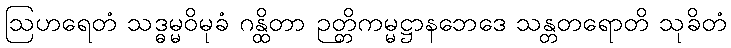
ဩဟရေတံ သဒ္ဓမ္မဝိမုခံ ဂန္ထိတာ ဉတ္တိကမ္မဋ္ဌာနဘေဒေ သန္တတရောတိ သုခိတံ